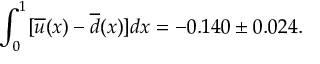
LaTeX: \int _ { 0 } ^ { 1 } [ \overline { { { u } } } ( x ) - \overline { { { d } } } ( x ) ] d x = - 0 . 1 4 0 \pm 0 . 0 2 4 .